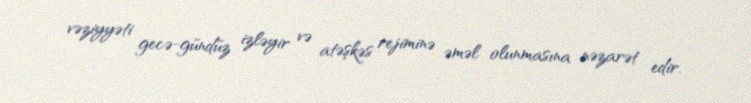
vəziyyəti gecə-gündüz izləyir və atəşkəs rejiminə əməl olunmasına nəzarət edir.